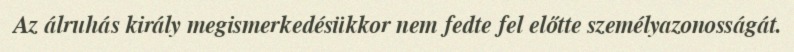
Az álruhás király megismerkedésükkor nem fedte fel előtte személyazonosságát.